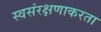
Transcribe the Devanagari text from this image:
स्वसंरक्षणाकरता